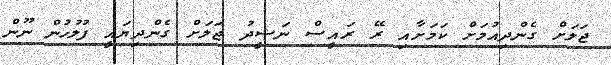
ޖަލަށް ގެންދިއުމަށް ކަމަށާއި ރޭ ރައީސް ނަޝީދު ޖަލަށް ގެންދިޔައީ ފުލުހުން ނޫން